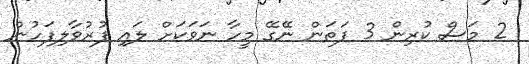
2 މަސް ކުރިން 3 ފަތަން ނޭގޭ މީހާ ނަވަކަށް ލައި ފުރުވާލިފަހުން